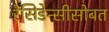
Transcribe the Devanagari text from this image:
रेसिडेन्सीसोबत